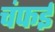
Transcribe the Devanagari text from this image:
चंफई